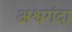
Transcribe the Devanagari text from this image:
अश्वगंदा